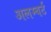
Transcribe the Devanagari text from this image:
अलम्बर्ट